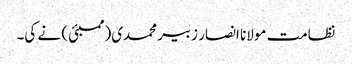
نظامت مولانا انصار زبیر محمدی(ممبئی ) نے کی۔